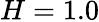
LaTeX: H=1.0